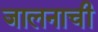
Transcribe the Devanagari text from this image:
जालनाची